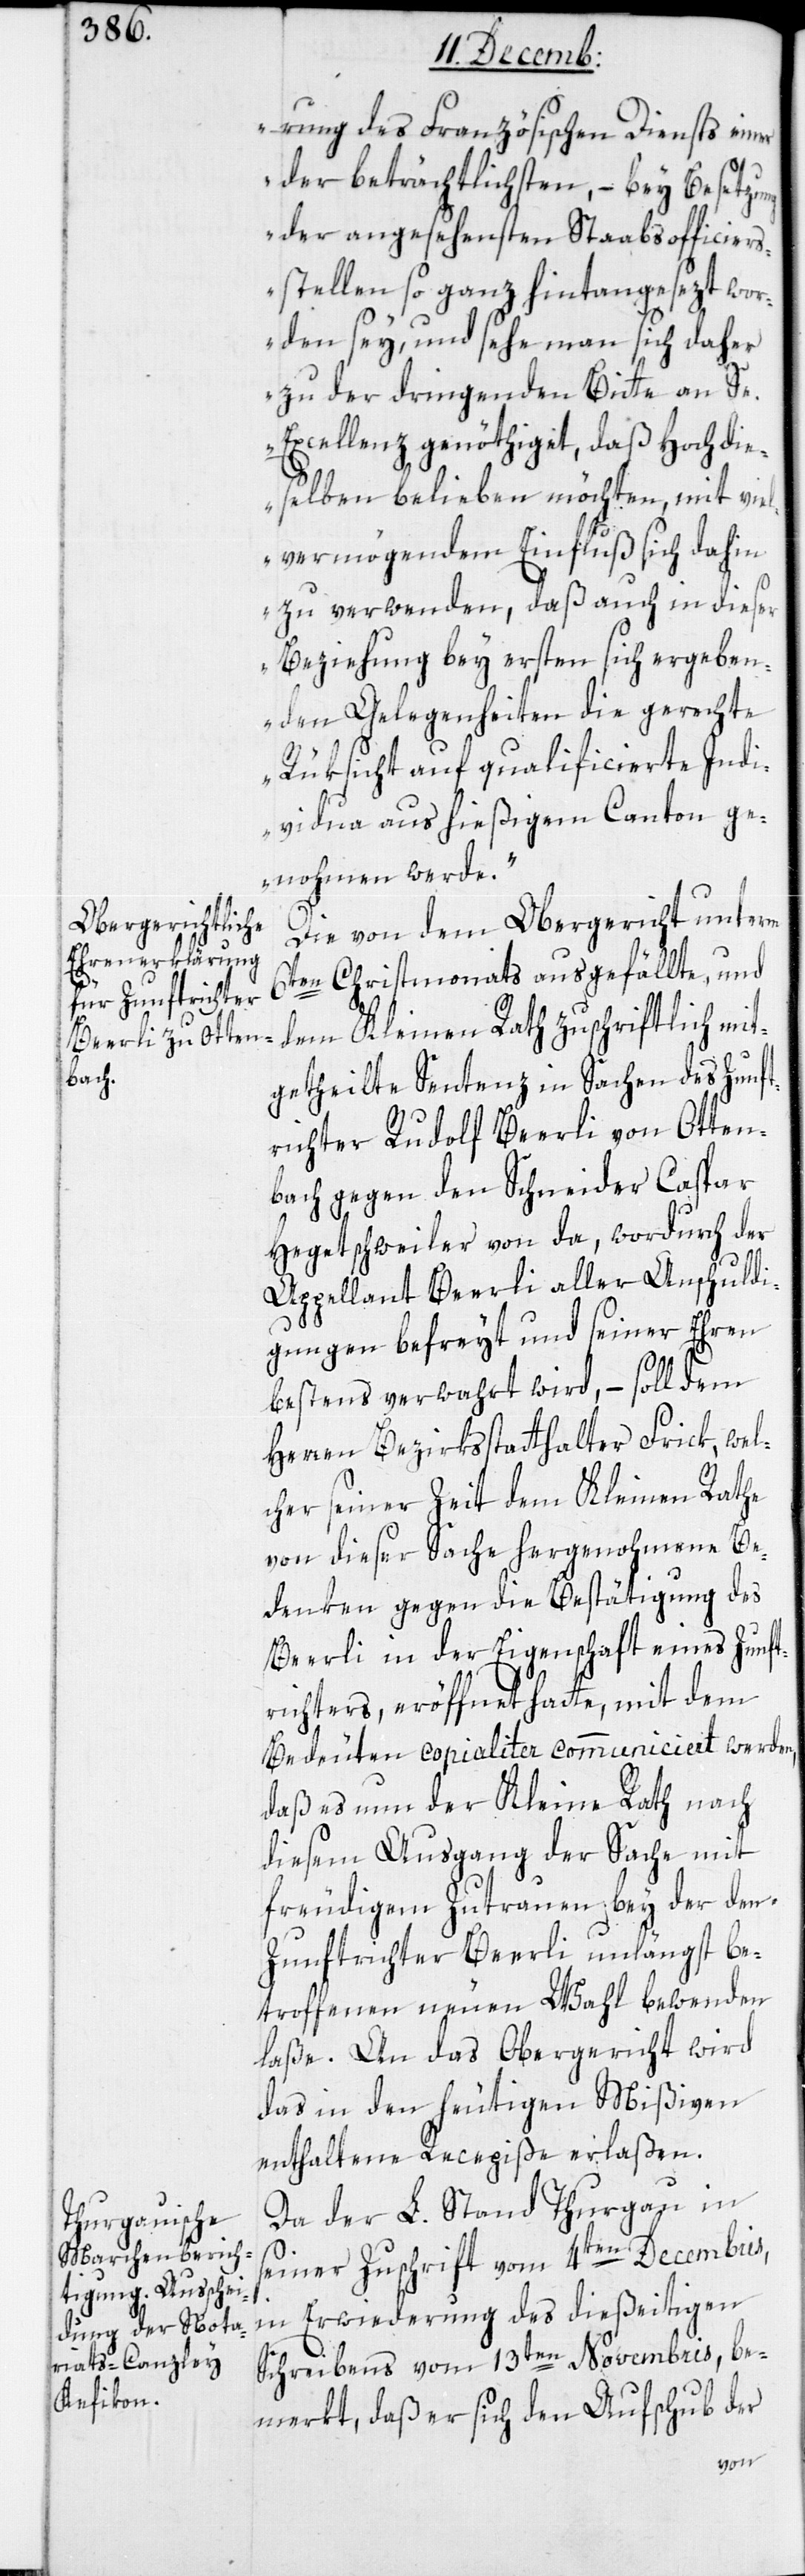
rung des Französischen Diensts einer
der beträchtlichsten, – bey Besetzung
der angesehensten Stabsofficiers¬
stellen so ganz hintangesezt wor¬
den sey, und sehe man sich daher
zu der dringenden Bitte an Se.
Excellenz genöthiget, daß hochdie¬
selben belieben möchten, mit vie¬
lvermögendem Einfluß sich dahin
zu verwenden, daß auch in dieser
Beziehung bey ersten sich ergeben¬
den Gelegenheiten die gerechte
Rüksicht auf qualificierte Indi¬
vidua aus hießigem Canton ge¬
nohmen werde.“
Die von dem Obergericht unterm
6ten Christmonats ausgefällte, und
dem Kleinen Rath zuschriftlich mit¬
getheilte Sentenz in Sachen des Zunft¬
richter Rudolf Beerli von Otten¬
bach gegen den Schneider Caspar
Hegetschweiler von da, wodurch der
Appellant Beerli aller Anschuldi¬
gungen befreit und seiner Ehren
bestens verwahrt wird, – soll dem
Herren Bezirksstatthalter Frick, wel¬
cher seiner Zeit dem Kleinen Rathe
von dieser Sache hergenohmene Be¬
denken gegen die Bestätigung des
Beerli in der Eigenschaft eines Zunft¬
richters, eröffnet hatte, mit dem
Bedeuten copialiter communiciert werden,
daß es nun der Kleine Rath nach
diesem Ausgang der Sache mit
freudigem Zutrauen bey der den
Zunftrichter Beerli unlängst be¬
troffenen neuen Wahl bewenden
laße. An das Obergericht wird
das in den heutigen Mißiven
enthaltene Recepiße erlaßen.
Da der L. Stand Thurgau in
seiner Zuschrift vom 4ten Decembris,
in Erwiderung des diesseitigen
Schreibens vom 13ten Novembris, be¬
merkt, daß er sich den Aufschub der